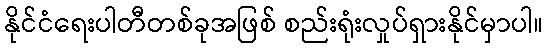
နိုင်ငံရေးပါတီတစ်ခုအဖြစ် စည်းရုံးလှုပ်ရှားနိုင်မှာပါ။